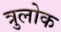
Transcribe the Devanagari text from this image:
त्रुलोक